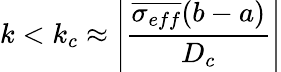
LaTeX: k<k_{c}\approx\left|\frac{\overline{{\sigma_{eff}}}(b-a)}{D_{c}}\right|